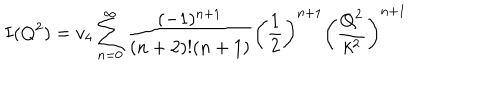
I ( Q ^ { 2 } ) = v _ { 4 } \sum _ { n = 0 } ^ { \infty } \frac { ( - 1 ) ^ { n + 1 } } { ( n + 2 ) ! ( n + 1 ) } \left( \frac { 1 } { 2 } \right) ^ { n + 1 } \left( \frac { Q ^ { 2 } } { k ^ { 2 } } \right) ^ { n + 1 }